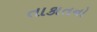
તાકાતનો